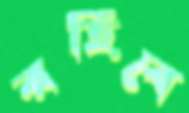
রহিবে